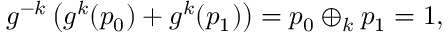
\begin{array} { r } { g ^ { - k } \left( g ^ { k } ( p _ { 0 } ) + g ^ { k } ( p _ { 1 } ) \right) = p _ { 0 } \oplus _ { k } p _ { 1 } = 1 , } \end{array}